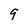
Character: q